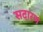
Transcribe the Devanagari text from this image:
सदारण